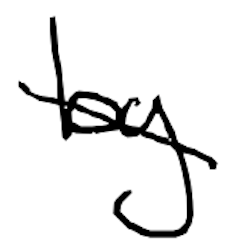
Text: by
Cross-out: diagonal
Writing tool: digital_black